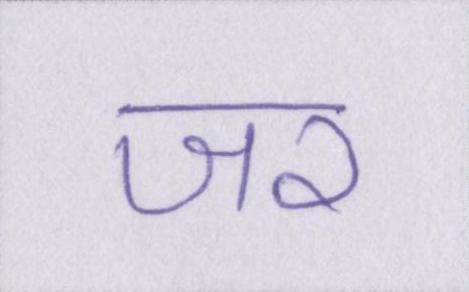
जर